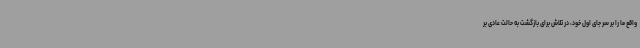
واقع ما را بر سر جای اول خود، در تلاش برای بازگشت به حالت عادی بر